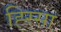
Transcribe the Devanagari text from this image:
ह्स्सिा